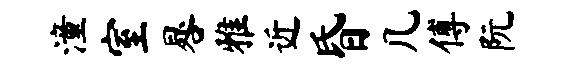
潼室晷雅近昏几傅阮